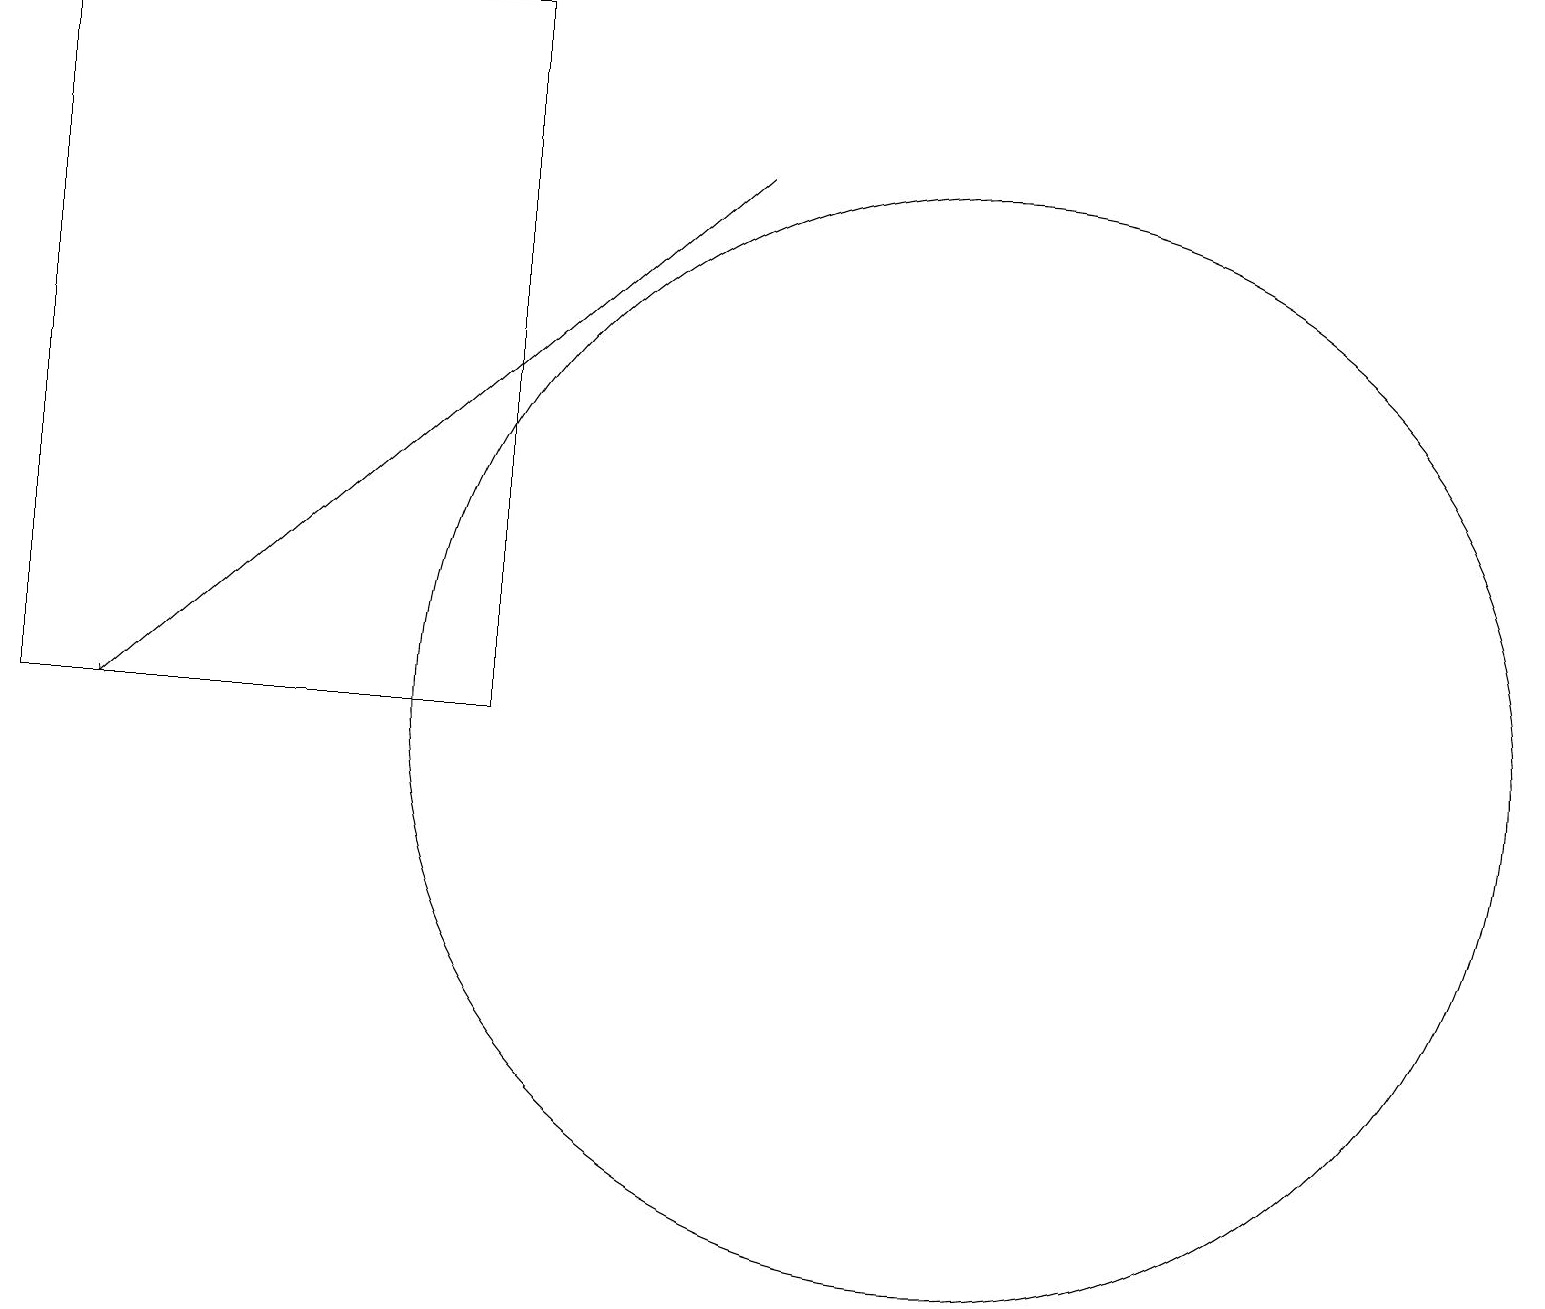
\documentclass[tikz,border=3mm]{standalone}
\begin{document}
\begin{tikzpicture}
\draw (0,19) rectangle (6,10);
\draw[->] (9,17) -- (1,10);
\draw (12,10) circle (7);
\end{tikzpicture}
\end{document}